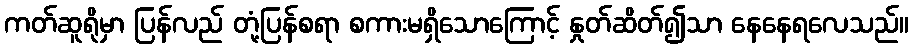
ကတ်ဆူရိုမှာ ပြန်လည် တုံ့ပြန်စရာ စကားမရှိသောကြောင့် နှုတ်ဆိတ်၍သာ နေနေရလေသည်။